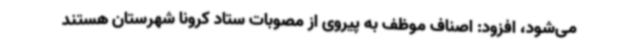
می‌شود، افزود: اصناف موظف به پیروی از مصوبات ستاد کرونا شهرستان هستند